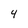
Character: 4